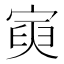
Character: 𡩟